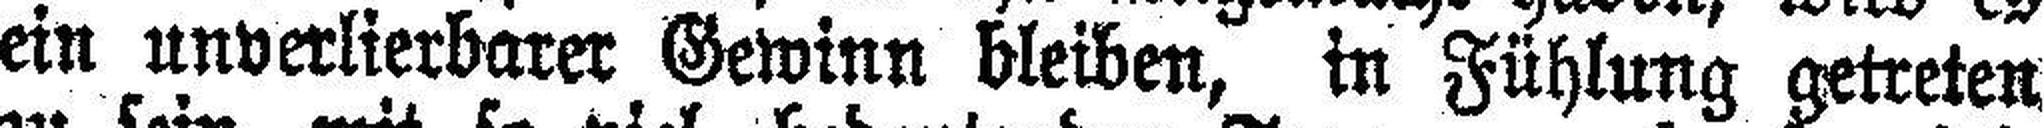
ein unverlierbarer Gewinn bleiben, in Fühlung getreten